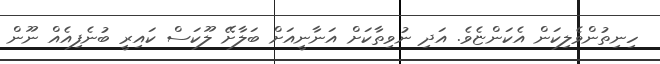
ހިނިތުންވެލިކަން އެކަންޏެވެ. އަދި ނުވިތާކަށް އަނާނީއަށް ބަލާށޭ ލޫކަސް ކައިރީ ބުނެފިއެއް ނޫން